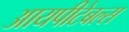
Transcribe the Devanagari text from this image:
आयपीटेबल्स